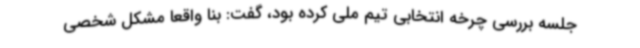
جلسه بررسی چرخه انتخابی تیم ملی کرده بود، گفت: بنا واقعا مشکل شخصی